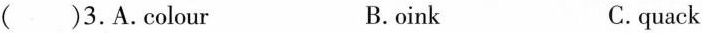
( )3.A.colour B.oink C.quack